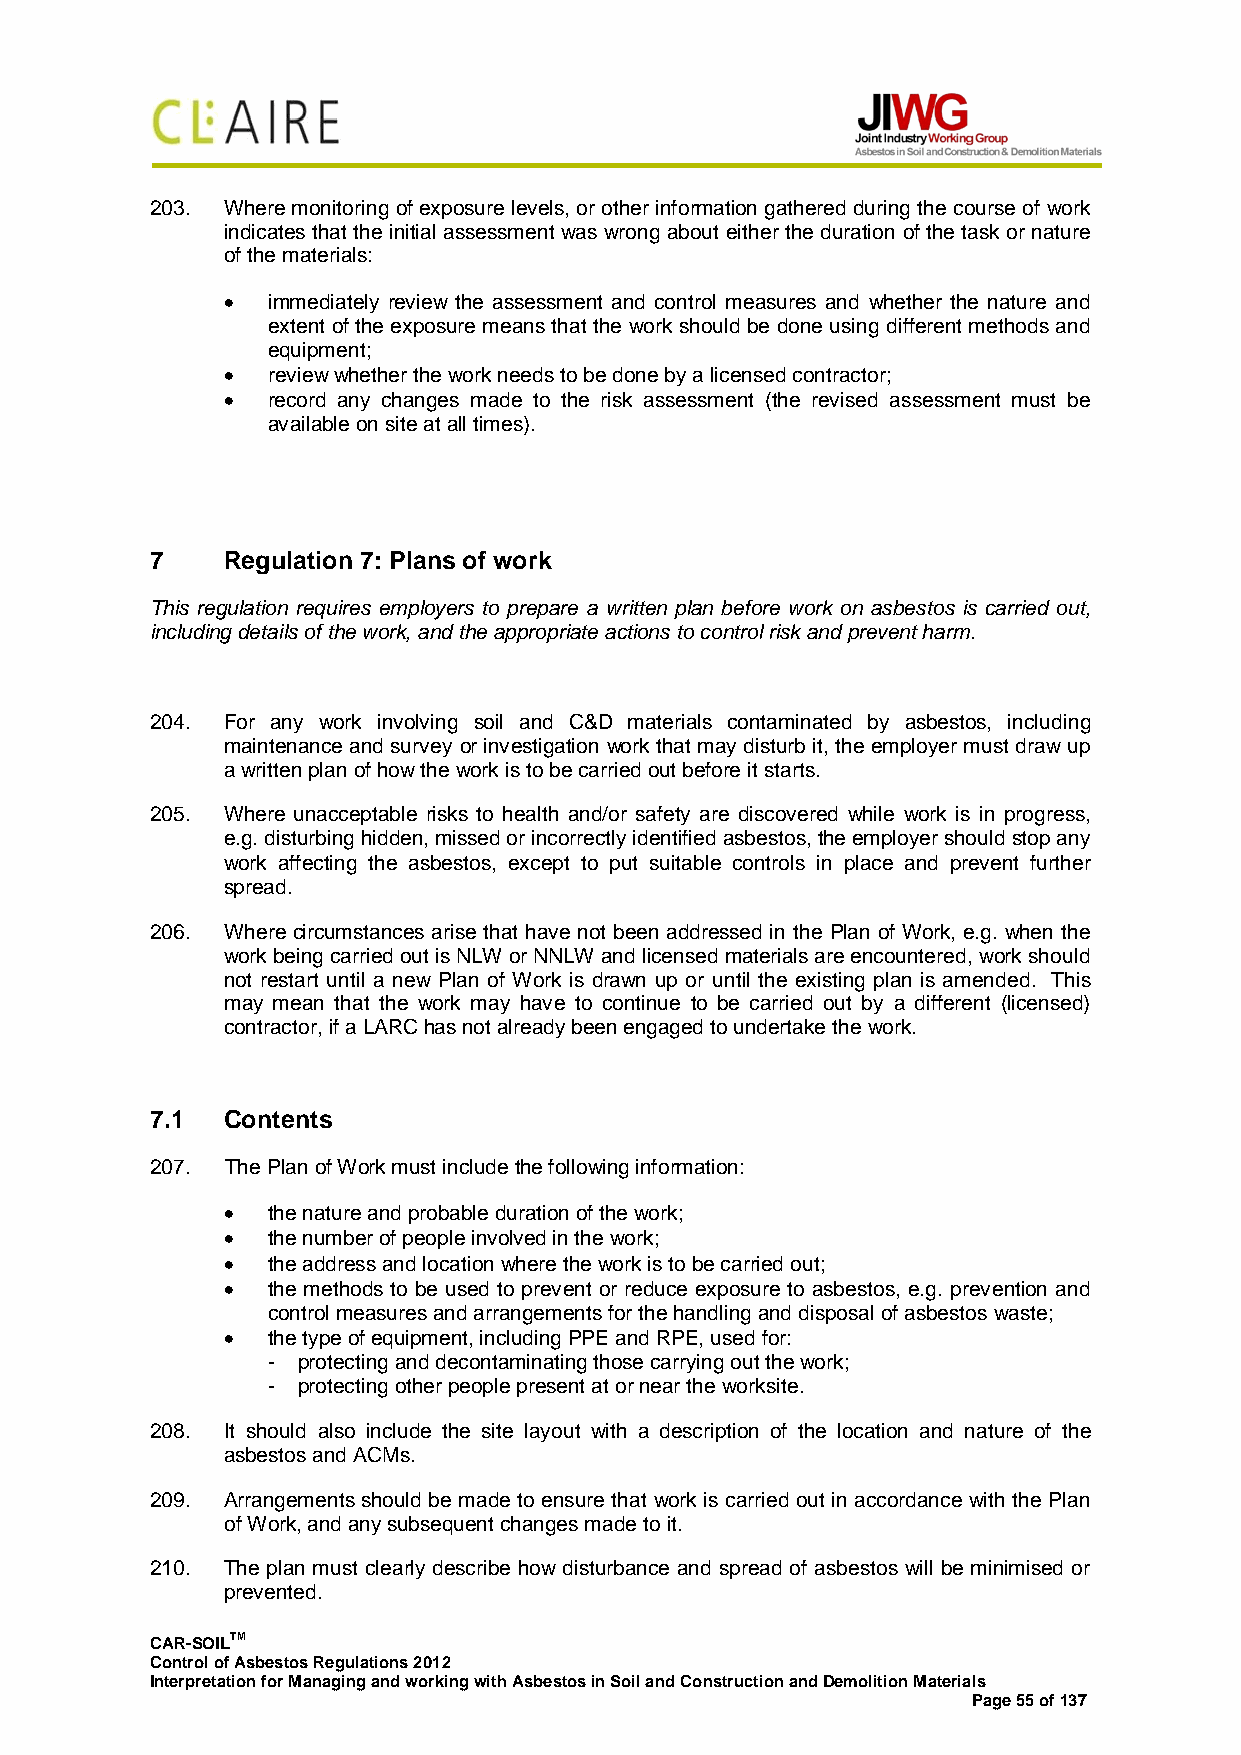
203. Where monitoring of exposure levels, or other information gathered during the course of work
 indicates that the initial assessment was wrong about either the duration of the task or nature
 of the materials:
 •  immediately review the assessment and control measures and whether the nature and
 extent of the exposure means that the work should be done using different methods and
 equipment;
 •  review whether the work needs to be done by a licensed contractor;
 •  record any changes made to the risk assessment (the revised assessment must be
 available on site at all times).
 7    Regulation 7: Plans of work
 This regulation requires employers to prepare a written plan before work on asbestos is carried out,
 including details of the work, and the appropriate actions to control risk and prevent harm.
 204. For any work involving soil and C&D materials contaminated by asbestos, including
 maintenance and survey or investigation work that may disturb it, the employer must draw up
 a written plan of how the work is to be carried out before it starts.
 205. Where unacceptable risks to health and/or safety are discovered while work is in progress,
 e.g. disturbing hidden, missed or incorrectly identified asbestos, the employer should stop any
 work affecting the asbestos, except to put suitable controls in place and prevent further
 spread.
 206. Where circumstances arise that have not been addressed in the Plan of Work, e.g. when the
 work being carried out is NLW or NNLW and licensed materials are encountered, work should
 not restart until a new Plan of Work is drawn up or until the existing plan is amended. This
 may mean that the work may have to continue to be carried out by a different (licensed)
 contractor, if a LARC has not already been engaged to undertake the work.
 7.1  Contents
 207. The Plan of Work must include the following information:
 •  the nature and probable duration of the work;
 •  the number of people involved in the work;
 •  the address and location where the work is to be carried out;
 •  the methods to be used to prevent or reduce exposure to asbestos, e.g. prevention and
 control measures and arrangements for the handling and disposal of asbestos waste;
 •  the type of equipment, including PPE and RPE, used for:
 - protecting and decontaminating those carrying out the work;
 - protecting other people present at or near the worksite.
 208. It should also include the site layout with a description of the location and nature of the
 asbestos and ACMs.
 209. Arrangements should be made to ensure that work is carried out in accordance with the Plan
 of Work, and any subsequent changes made to it.
 210. The plan must clearly describe how disturbance and spread of asbestos will be minimised or
 prevented.
 CAR-SOILTM
 Control of Asbestos Regulations 2012
 Interpretation for Managing and working with Asbestos in Soil and Construction and Demolition Materials
 Page 55 of 137